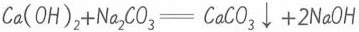
$$Ca(OH)_{2}+Na_{2}CO_{3}=CaCO_{3} \downarrow+2NaOH$$